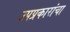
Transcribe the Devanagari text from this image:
उपप्रकारांचा